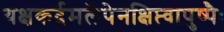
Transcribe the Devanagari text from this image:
यक्षकर्दमलेपेनक्षिप्त्वापुष्पैः